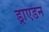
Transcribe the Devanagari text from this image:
ड्राएडन